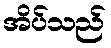
အိပ်သည်